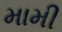
મામી